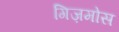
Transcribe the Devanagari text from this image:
गिज़मोस